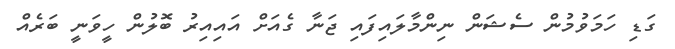
ގަޑި ހަމަވުމުން ސެޝަން ނިންމާލައިފައި ޖަނާ ގެއަށް އައިއިރު ބޮލުން ހީވަނީ ބަރެއް